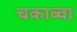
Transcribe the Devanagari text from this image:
चकाब्वा